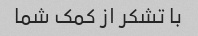
با تشکر از کمک شما